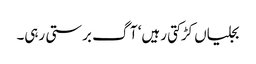
بجلیاں کڑکتی رہیں‘ آگ برستی رہی۔